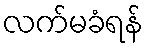
လက်မခံရန်